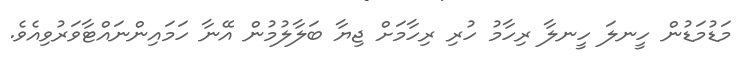
މަޑުމަޑުން ހީނލަ ހީނލާ ރިހާމު ހުރި ރިހާމަށް ޖިޔާ ބަލާލުމުން އޭނާ ހަމައިންނައްޓާވަރުވިއެވެ.